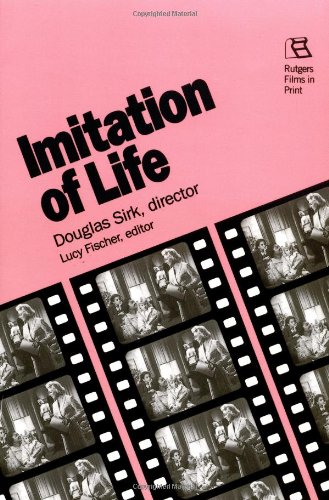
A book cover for Imitation of Life: Douglas Sirk, director (Rutgers Films in Print); Humor & Entertainment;